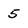
Character: 5